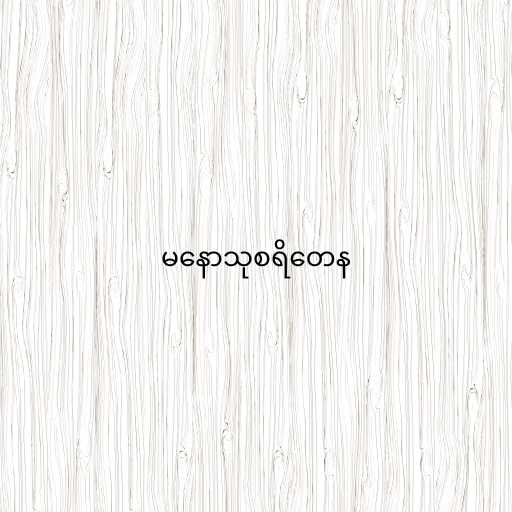
မနောသုစရိတေန